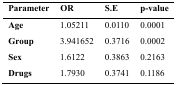
<table><thead><tr><td><b>Parameter</b></td><td><b>OR</b></td><td><b>S.E</b></td><td><b>p-value</b></td></tr></thead><tbody><tr><td><b>Age</b></td><td>1.05211</td><td>0.0110</td><td>0.0001</td></tr><tr><td><b>Group</b></td><td>3.941652</td><td>0.3716</td><td>0.0002</td></tr><tr><td><b>Sex</b></td><td>1.6122</td><td>0.3863</td><td>0.2163</td></tr><tr><td><b>Drugs</b></td><td>1.7930</td><td>0.3741</td><td>0.1186</td></tr></tbody></table>